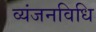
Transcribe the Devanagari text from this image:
व्यंजनविधि